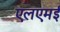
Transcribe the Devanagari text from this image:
एलएमई